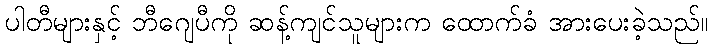
ပါတီများနှင့် ဘီဂျေပီကို ဆန့်ကျင်သူများက ထောက်ခံ အားပေးခဲ့သည်။